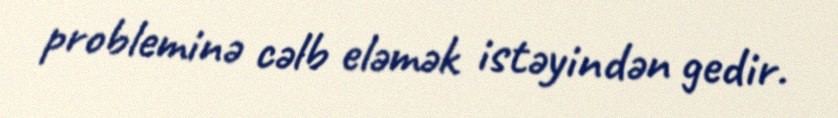
probleminə cəlb eləmək istəyindən gedir.